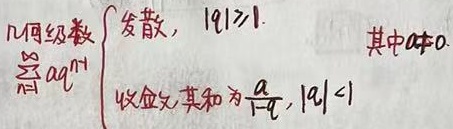
几何级数\(\sum_{n = 1}^{\infty}aq^{n - 1}=\begin{cases}发散, &\vert q\vert\geqslant 1.\\ 收敛,其和为\frac{a}{1 - q},&\vert q\vert < 1\end{cases}\)，其中\(a\neq0\)。